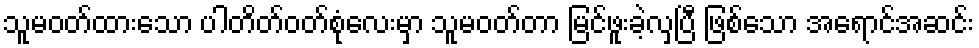
သူမဝတ်ထားသော ပါတိတ်ဝတ်စုံလေးမှာ သူမဝတ်တာ မြင်ဖူးခဲ့လှပြီ ဖြစ်သော အရောင်အဆင်း